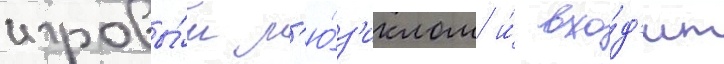
игровы́м м'ю́з'иклом и́ вхо́д'ит